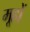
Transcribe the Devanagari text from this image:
मूहों